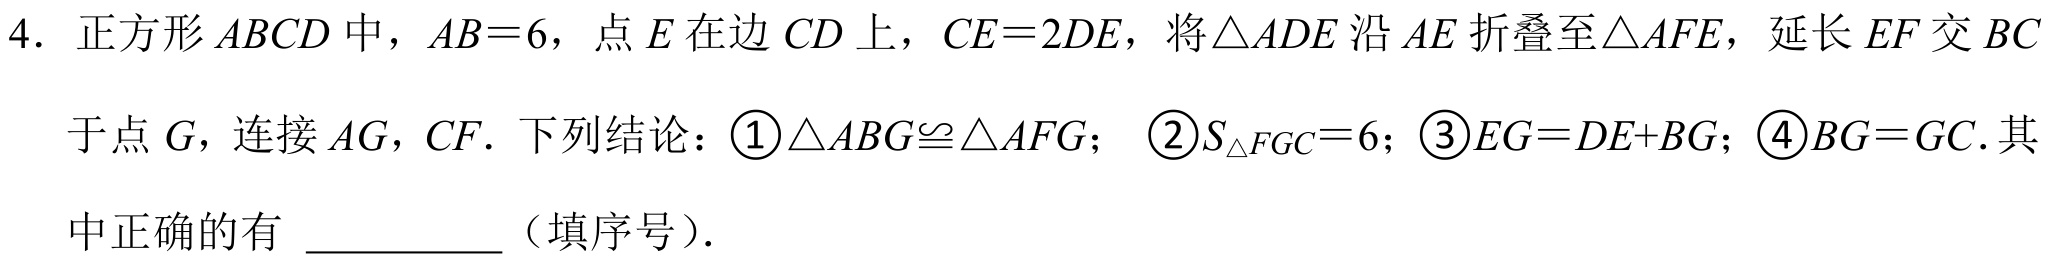
4. 正方形\(ABCD\)中，\(AB = 6\)，点\(E\)在边\(CD\)上，\(CE = 2DE\)，将\(\triangle ADE\)沿\(AE\)折叠至\(\triangle AFE\)，延长\(EF\)交\(BC\)于点\(G\)，连接\(AG\)，\(CF\). 下列结论：\textcircled{1}\(\triangle ABG\cong\triangle AFG\)； \textcircled{2}\(S_{\triangle FGC}=6\)；\textcircled{3}\(EG = DE + BG\)；\textcircled{4}\(BG = GC\).其中正确的有  （填序号）.